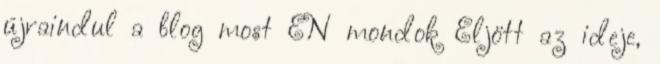
újraindul a blog most ÉN mondok Eljött az ideje,